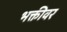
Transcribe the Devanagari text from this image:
भक्तीवर